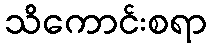
သိကောင်းစရာ